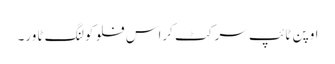
اوپن ٹائپ سرکٹ کراس فلو کولنگ ٹاور۔